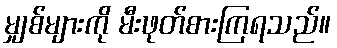
မျှစ်များကို မီးဖုတ်စားကြရသည်။